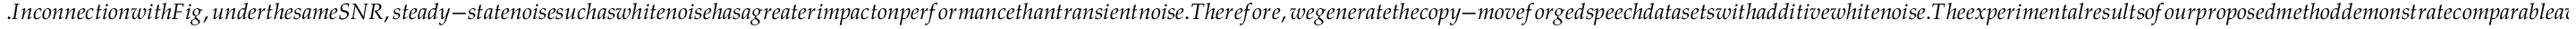
. I n c o n n e c t i o n w i t h F i g , u n d e r t h e s a m e S N R , s t e a d y - s t a t e n o i s e s u c h a s w h i t e n o i s e h a s a g r e a t e r i m p a c t o n p e r f o r m a n c e t h a n t r a n s i e n t n o i s e . T h e r e f o r e , w e g e n e r a t e t h e c o p y - m o v e f o r g e d s p e e c h d a t a s e t s w i t h a d d i t i v e w h i t e n o i s e . T h e e x p e r i m e n t a l r e s u l t s o f o u r p r o p o s e d m e t h o d d e m o n s t r a t e c o m p a r a b l e a v e r a g e p r e c i s i o n , a c h i e v i n g 9 9 . 7 0 \% a n d 9 9 . 6 8 \% u s i n g D N B a n d S N B , r e s p e c t i v e l y . F i g . ~ s h o w s t h e r e c a l l a t v a r i o u s S N R l e v e l s f o r b o t h c a s e s u s i n g D N B a n d S N B . W h e n s e l e c t i n g a n S N B , t h e p e r f o r m a n c e s i g n i f i c a n t l y e x c e e d s i t s d e n s e c o u n t e r p a r t . B y c o m p a r i n g F i g . ~ a , F i g . ~ b a n d F i g